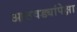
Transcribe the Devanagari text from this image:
आठवड्यांपेक्षा